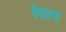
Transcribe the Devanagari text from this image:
रेवान